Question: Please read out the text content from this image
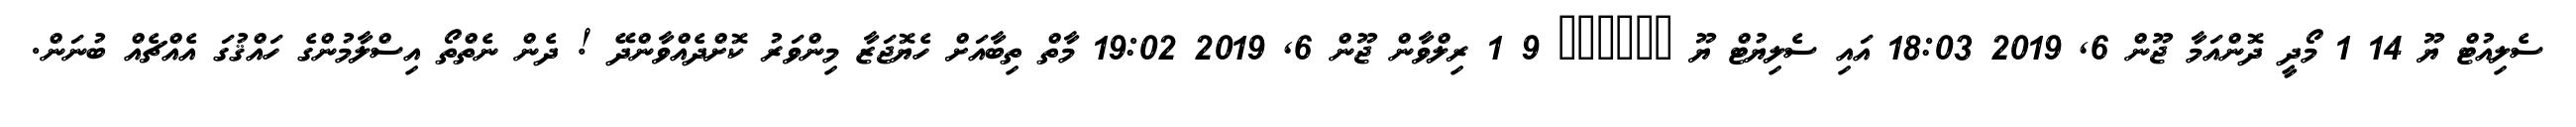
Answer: ސެލިއުޓް ޔޫ 14 1 މޯދީ ދޮންއަމާ ޖޫން 6, 2019 18:03 އައި ސެލިޔުޓް ޔޫ ?????? 9 1 ރިލްވާން ޖޫން 6, 2019 19:02 މާތް ތިބާއަށް ހެޔޮޖަޒާ މިންވަރު ކޮށްދެއްވާންދޭ ! ދެން ނެތްތޯ އިސްލާމުންގެ ހައްޤުގަ އެއްޗެއް ބުނަން.